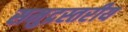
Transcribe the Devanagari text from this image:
समुद्रस्तरीय